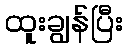
ထူးချွန်ပြီး